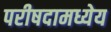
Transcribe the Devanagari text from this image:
परीषदामध्येय